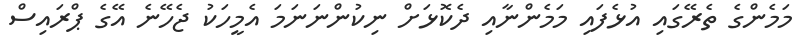
މަމެންގެ ތެރޭގައި އުޅެފައި މަމެންނާއި ދެކޮޅަށް ނިކުންނަނަމަ އެމީހަކު ޖެހޭނެ އޭގެ ޕްރައިސް